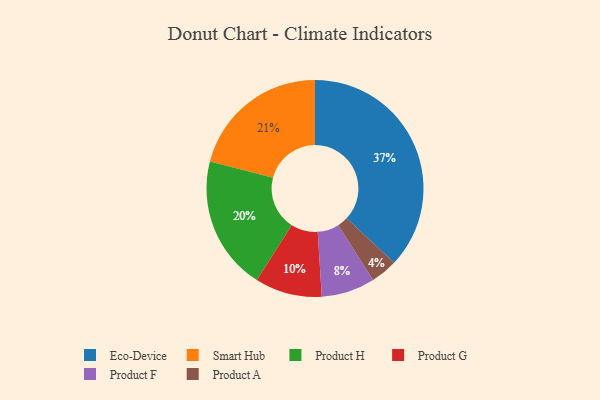
{"axis": {"x": "Category", "y": "Percentage"}, "legend": ["Eco-Device", "Product A", "Product F", "Product G", "Product H", "Smart Hub"], "data": [{"x": "Product A", "y": 4, "type": "Product A"}, {"x": "Product F", "y": 8, "type": "Product F"}, {"x": "Product H", "y": 20, "type": "Product H"}, {"x": "Eco-Device", "y": 37, "type": "Eco-Device"}, {"x": "Product G", "y": 10, "type": "Product G"}, {"x": "Smart Hub", "y": 21, "type": "Smart Hub"}]}